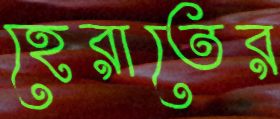
হেরাতের